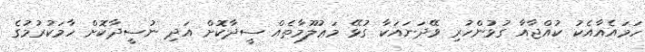
ހަމައެއާއެކު ކުއްޖާއާ ގުޅުންހުރި ވޭދަނައަކާ ގުޅޭ މަޢުލޫމާތެއް ސީދާކޮށް އަދި ނުސީދާކޮށް ހާމަކުރުމުގެ